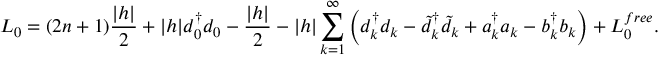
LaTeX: L _ { 0 } = ( 2 n + 1 ) { \frac { | h | } { 2 } } + | h | d _ { 0 } ^ { \dagger } d _ { 0 } - { \frac { | h | } { 2 } } - | h | \sum _ { k = 1 } ^ { \infty } \left( d _ { k } ^ { \dagger } d _ { k } - \tilde { d } _ { k } ^ { \dagger } \tilde { d } _ { k } + a _ { k } ^ { \dagger } a _ { k } - b _ { k } ^ { \dagger } b _ { k } \right) + L _ { 0 } ^ { f r e e } .